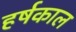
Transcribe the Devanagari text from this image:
हर्षकाल